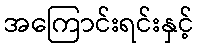
အကြောင်းရင်းနှင့်